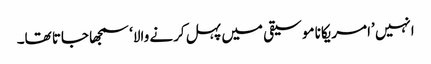
انہیں ’امریکانا موسیقی میں پہل کرنے والا‘ سمجھا جاتا تھا۔